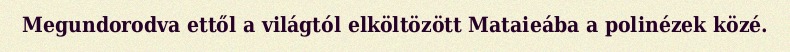
Megundorodva ettől a világtól elköltözött Mataieába a polinézek közé.